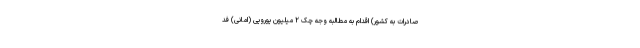
صادرات به کشور) اقدام به مطالبه وجه چک ۲ میلیون یورویی (امانی) فد